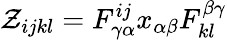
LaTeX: \mathcal{Z}_{ijkl}=F_{\gamma\alpha}^{ij}x_{\alpha\beta}F_{kl}^{\beta\gamma}